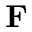
\mathbf { F }